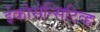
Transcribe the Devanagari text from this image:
ईकोसेन्सिटिव्ह